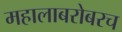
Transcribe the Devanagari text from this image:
महालाबरोबरच